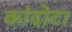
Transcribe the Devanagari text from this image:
कांदोटा